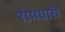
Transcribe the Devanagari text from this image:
रोमधारी